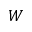
W